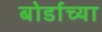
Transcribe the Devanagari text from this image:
बोर्डाच्‍या